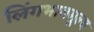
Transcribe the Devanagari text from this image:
लिंगभावमूल्य